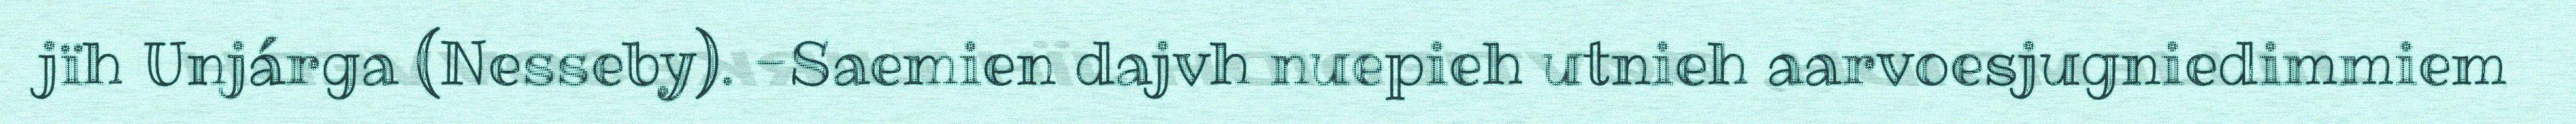
jïh Unjárga (Nesseby). -Saemien dajvh nuepieh utnieh aarvoesjugniedimmiem